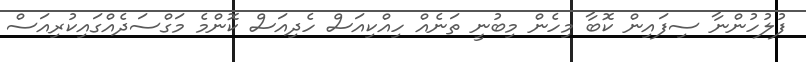
ފުލުހުންނާ ސިފައިން ކޮބާ މިހެން މިބުނީ ތަނެއް ހިއްކިއަސް ހެދިއަސް ކޮންމެ މަގްސަދެއްގައިކުރިއަސް